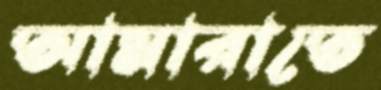
আমারাতে